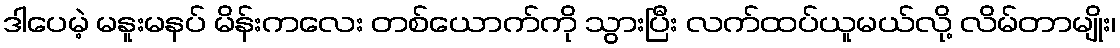
ဒါပေမဲ့ မနူးမနပ် မိန်းကလေး တစ်ယောက်ကို သွားပြီး လက်ထပ်ယူမယ်လို့ လိမ်တာမျိုး၊